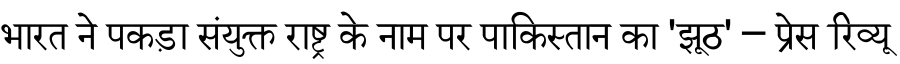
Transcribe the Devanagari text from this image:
भारत ने पकड़ा संयुक्त राष्ट्र के नाम पर पाकिस्तान का 'झूठ' – प्रेस रिव्यू